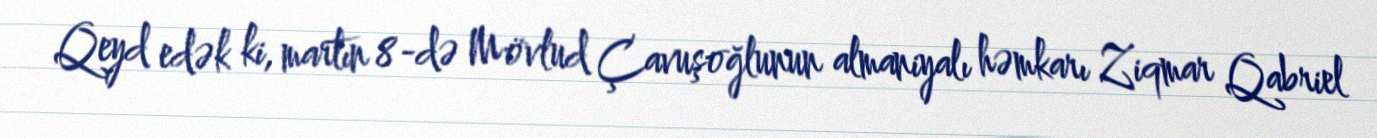
Qeyd edək ki, martın 8-də Mövlud Çavuşoğlunun almaniyalı həmkarı Ziqmar Qabriel